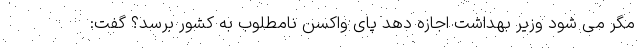
مگر می شود وزیر بهداشت اجازه دهد پای واکسن نامطلوب به کشور برسد؟ گفت: